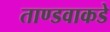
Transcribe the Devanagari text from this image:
ताण्डवाकडे